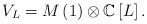
LaTeX: \begin{align*}V_{L}=M\left(1\right)\otimes\mathbb{C}\left[L\right].\end{align*}